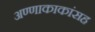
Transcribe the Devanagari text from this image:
अण्णाकाकांसह